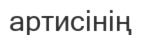
артисінің